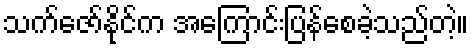
သက်ဇော်နိုင်က အကြောင်းပြန်စေခဲ့သည်တဲ့။